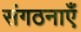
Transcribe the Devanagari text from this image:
संगठनाएँ